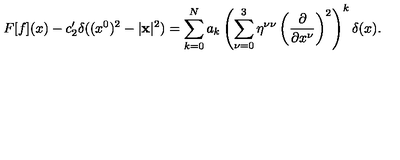
F [ f ] ( x ) - c _ { 2 } ^ { \prime } \delta ( ( x ^ { 0 } ) ^ { 2 } - | { \bf x } | ^ { 2 } ) = \sum _ { k = 0 } ^ { N } a _ { k } \left( \sum _ { \nu = 0 } ^ { 3 } \eta ^ { \nu \nu } \left( \frac { \partial } { \partial x ^ { \nu } } \right) ^ { 2 } \right) ^ { k } \delta ( x ) .